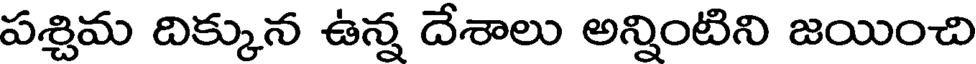
పశ్చిమ దిక్కున ఉన్న దేశాలు అన్నింటిని జయించి